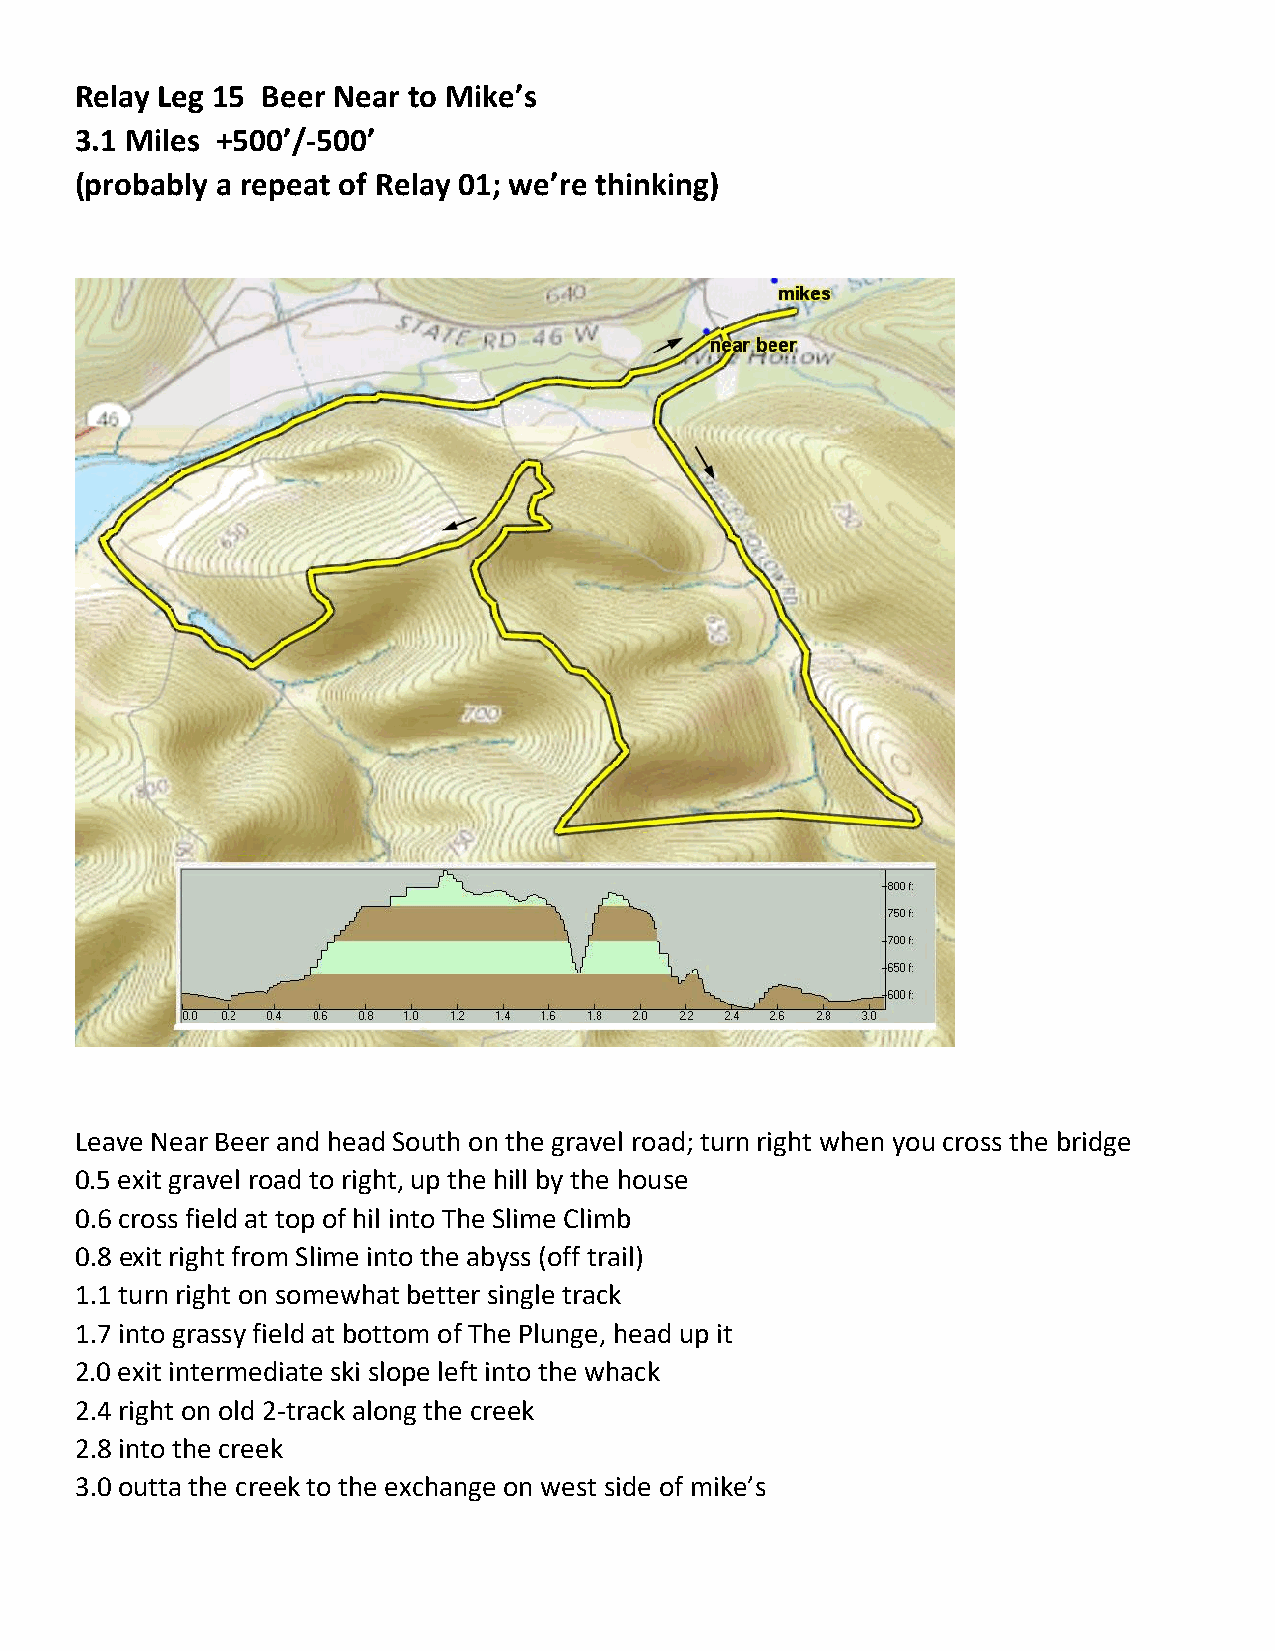
Relay Leg 15 Beer Near to Mike’s
 3.1 Miles +500’/-500’
 (probably a repeat of Relay 01; we’re thinking)
 Leave Near Beer and head South on the gravel road; turn right when you cross the bridge
 0.5 exit gravel road to right, up the hill by the house
 0.6 cross field at top of hil into The Slime Climb
 0.8 exit right from Slime into the abyss (off trail)
 1.1 turn right on somewhat better single track
 1.7 into grassy field at bottom of The Plunge, head up it
 2.0 exit intermediate ski slope left into the whack
 2.4 right on old 2-track along the creek
 2.8 into the creek
 3.0 outta the creek to the exchange on west side of mike’s